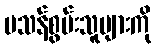
မသန်စွမ်းသူများကို